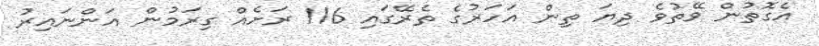
އެގޮތުން ވޭތުވެ ދިޔަ ތިން އަހަރުގެ ތެރޭގައި 116 ރަށެއް ގިރަމުން އަންނައިރު